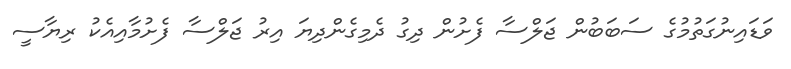
ވަޑައިނުގަތުމުގެ ސަބަބުން ޖަލްސާ ފެށުން ދިގު ދެމިގެންދިޔަ އިރު ޖަލްސާ ފެށުމާއިއެކު ރިޔާސީ